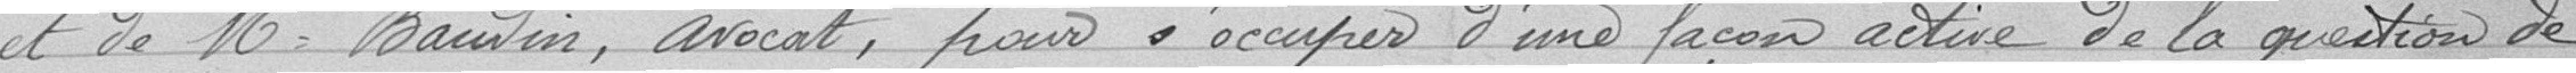
et de Monsieur Baudin, avocat, pour s'occuper d'une façon active de la question de